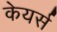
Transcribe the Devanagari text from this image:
केयर्स